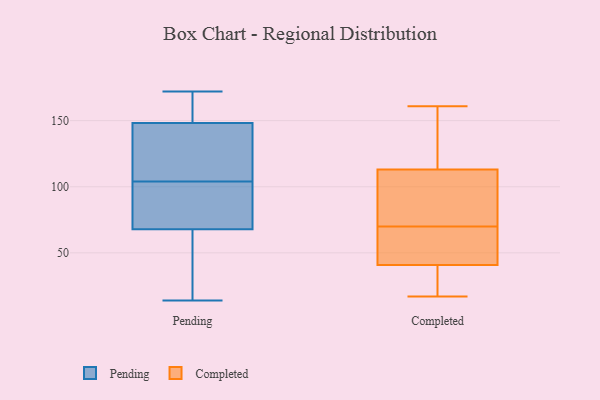
{"axis": {"x": "Page Views", "y": "Value"}, "legend": ["Completed", "Pending"], "data": [{"x": "", "y": 124, "type": "Pending"}, {"x": "", "y": 134, "type": "Pending"}, {"x": "", "y": 172, "type": "Pending"}, {"x": "", "y": 154, "type": "Pending"}, {"x": "", "y": 73, "type": "Pending"}, {"x": "", "y": 66, "type": "Pending"}, {"x": "", "y": 50, "type": "Pending"}, {"x": "", "y": 34, "type": "Pending"}, {"x": "", "y": 160, "type": "Pending"}, {"x": "", "y": 14, "type": "Pending"}, {"x": "", "y": 82, "type": "Pending"}, {"x": "", "y": 104, "type": "Pending"}, {"x": "", "y": 143, "type": "Pending"}, {"x": "", "y": 150, "type": "Pending"}, {"x": "", "y": 102, "type": "Pending"}, {"x": "", "y": 151, "type": "Completed"}, {"x": "", "y": 102, "type": "Completed"}, {"x": "", "y": 133, "type": "Completed"}, {"x": "", "y": 148, "type": "Completed"}, {"x": "", "y": 83, "type": "Completed"}, {"x": "", "y": 32, "type": "Completed"}, {"x": "", "y": 46, "type": "Completed"}, {"x": "", "y": 22, "type": "Completed"}, {"x": "", "y": 104, "type": "Completed"}, {"x": "", "y": 116, "type": "Completed"}, {"x": "", "y": 17, "type": "Completed"}, {"x": "", "y": 78, "type": "Completed"}, {"x": "", "y": 50, "type": "Completed"}, {"x": "", "y": 161, "type": "Completed"}, {"x": "", "y": 17, "type": "Completed"}, {"x": "", "y": 70, "type": "Completed"}, {"x": "", "y": 61, "type": "Completed"}, {"x": "", "y": 39, "type": "Completed"}, {"x": "", "y": 54, "type": "Completed"}]}